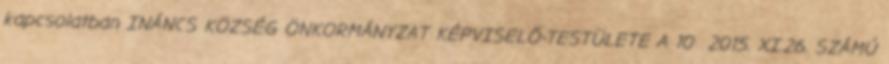
kapcsolatban INÁNCS KÖZSÉG ÖNKORMÁNYZAT KÉPVISELŐ-TESTÜLETE A 10 2015. XI.26. SZÁMÚ